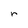
Character: r